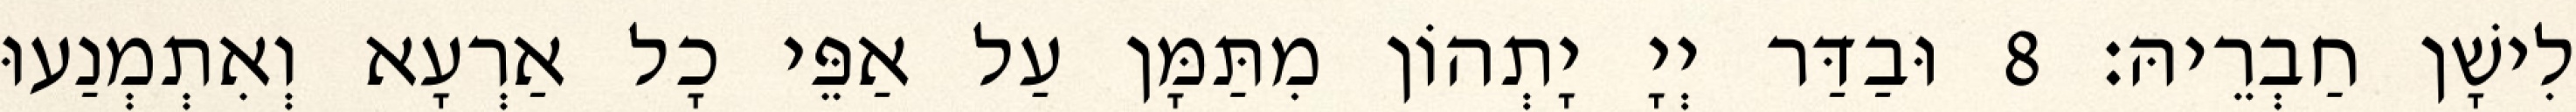
לִישָׁן חַבְרֵיהּ׃ 8 וּבַדַּר יְיָ יָתְהוֹן מִתַּמָּן עַל אַפֵּי כָל אַרְעָא וְאִתְמְנַעוּ